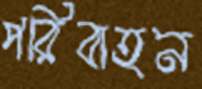
পরিবাহন